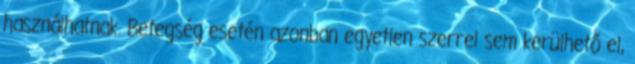
használhatnak. Betegség esetén azonban egyetlen szerrel sem kerülhető el,